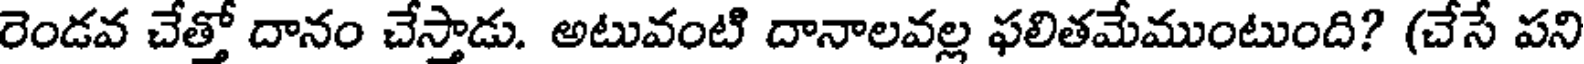
రెండవ చేత్తో దానం చేస్తాడు. అటువంటి దానాలవల్ల ఫలితమేముంటుంది? (చేసే పని